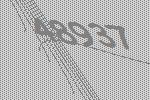
48937